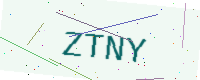
Text: ZTNY